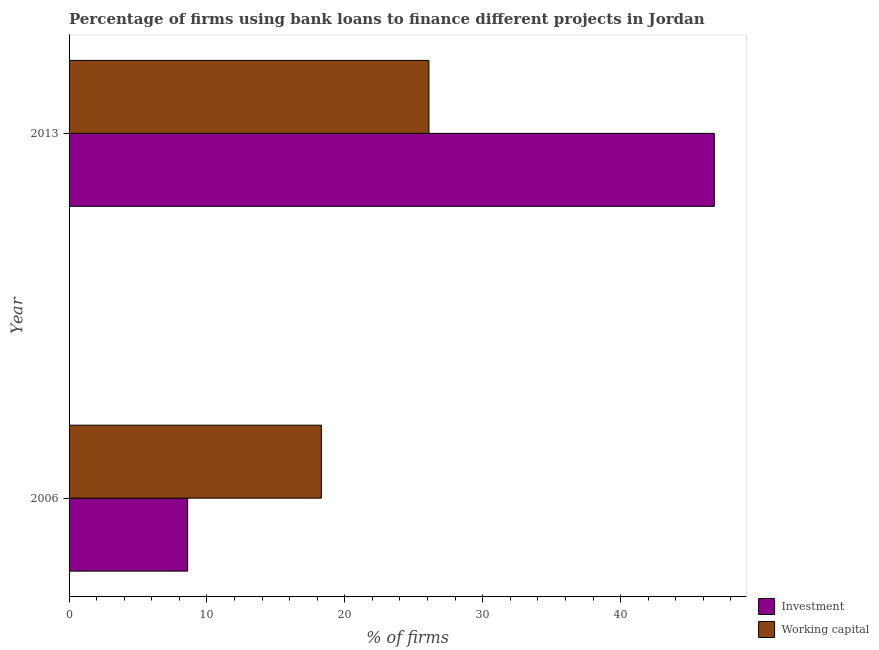
| Year | Investment | Working capital |
 | --- | --- | --- |
 | 2006 | 8.6 | 18.3 |
 | 2013 | 46.8 | 26.1 |